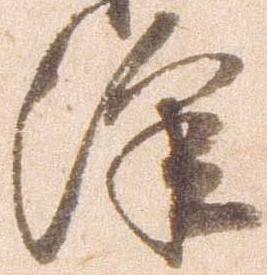
沢